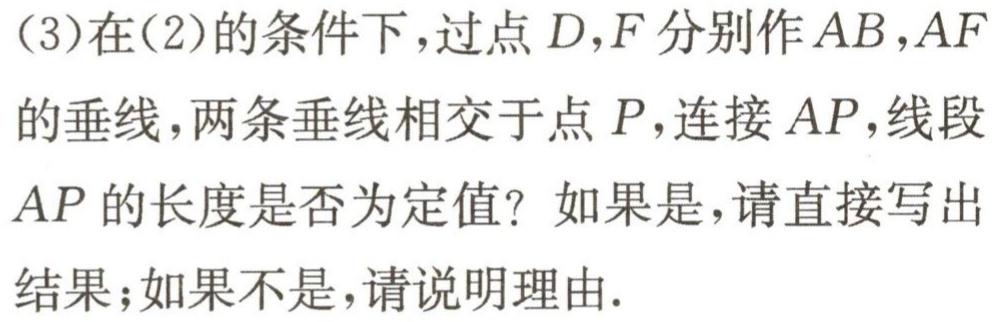
(3)在(2)的条件下，过点\(D,F\)分别作\(AB,AF\)的垂线，两条垂线相交于点\(P\)，连接\(AP\)，线段\(AP\)的长度是否为定值？如果是，请直接写出结果；如果不是，请说明理由.